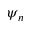
\psi _ { n }